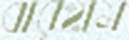
বারহাম